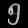
Digit: ၅